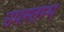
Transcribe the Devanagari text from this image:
उपस्तम्भ